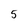
Character: 5